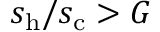
s _ { \mathrm { h } } / s _ { \mathrm { c } } > G